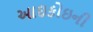
આઇકોઇની